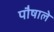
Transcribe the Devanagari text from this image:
पौषाले